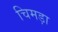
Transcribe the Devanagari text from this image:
चिमड़ा